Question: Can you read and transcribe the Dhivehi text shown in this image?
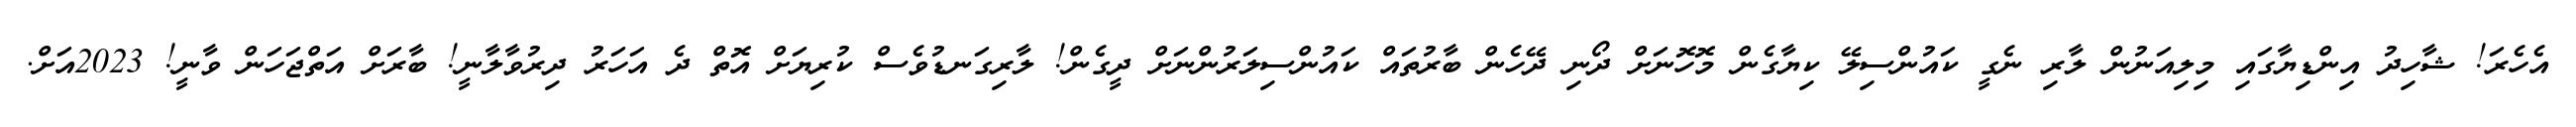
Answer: އެހެރަ! ޝާހިދު އިންޑިޔާގައި މިލިއަނުން ލާރި ނެގީ ކައުންސިލޭ ކިޔާގެން މޮހޮނަށް ދޯނި ދޭހެން ބާރުތައް ކައުންސިލަރުންނަށް ދީގެން! ލާރިގަނޑުވެސް ކުރިޔަށް އޮތް ދެ އަހަރު ދިރުވާލާނީ! ބާރަށް އަތްޖަހަން ވާނީ! 2023އަށް.